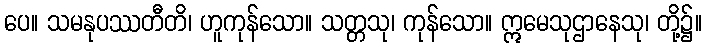
ပေ။ သမနုပဿတီတိ၊ ဟူကုန်သော။ သတ္တသု၊ ကုန်သော။ ဣမေသုဌာနေသု၊ တို့၌။